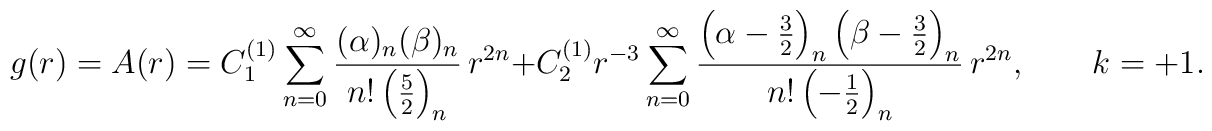
g(r) = A(r) = C_1^{(1)} \sum_{n=0}^{\infty} \frac{(\alpha)_n(\beta)_n}{n! \left( \frac52 \right)_n} \, r^{2n} + C_2^{(1)}r^{-3} \sum_{n=0}^{\infty} \frac{ \left( \alpha-\frac32 \right)_n\left( \beta-\frac32 \right)_n}{n! \left( -\frac12 \right)_{n}} \,r^{2n}, \qquad k=+1.